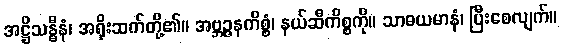
အဋ္ဌိသန္ဓီနံ၊ အရိုးဆက်တို့၏။ အဗ္ဘဉ္ဇနကိစ္စံ၊ နယ်ဆီကိစ္စကို။ သာဓယမာနံ၊ ပြီးစေလျက်။